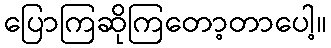
ပြောကြဆိုကြတော့တာပေါ့။